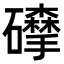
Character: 𥗘